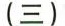
(三)